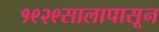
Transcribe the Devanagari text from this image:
१९२९सालापासून